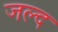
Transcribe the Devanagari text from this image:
जल्द